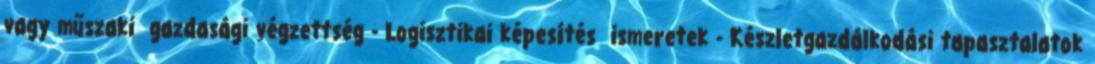
vagy műszaki gazdasági végzettség - Logisztikai képesítés ismeretek - Készletgazdálkodási tapasztalatok